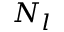
N _ { l }